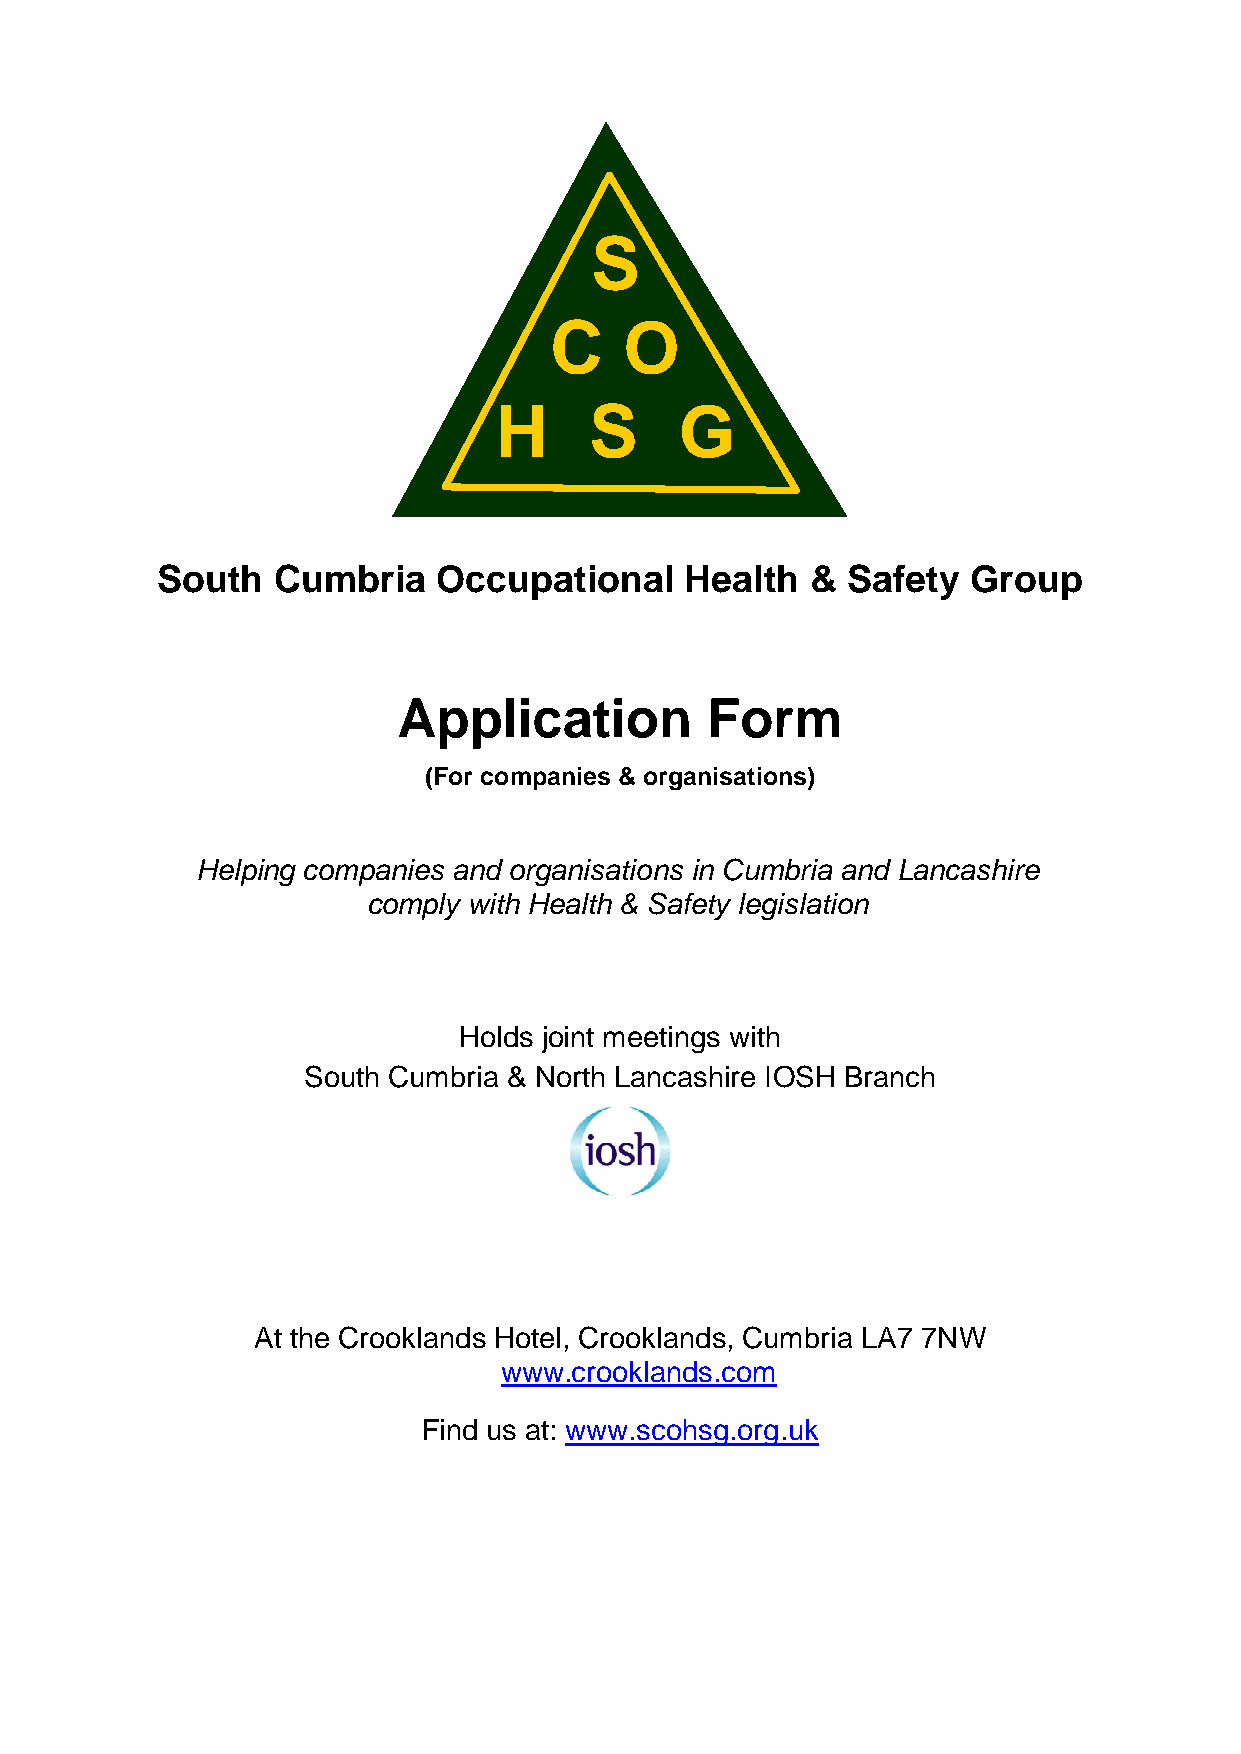
South   Cumbria    Occupational    Health   & Safety  Group
 Application          Form
 (For companies & organisations)
 Helping companies and organisations in Cumbria and Lancashire
 comply with Health & Safety legislation
 Holds joint meetings with
 South Cumbria & North Lancashire IOSH Branch
 At the Crooklands Hotel, Crooklands, Cumbria LA7 7NW
 www.crooklands.com
 Find us at: www.scohsg.org.uk
 H
 C
 S
 S
 O
 G